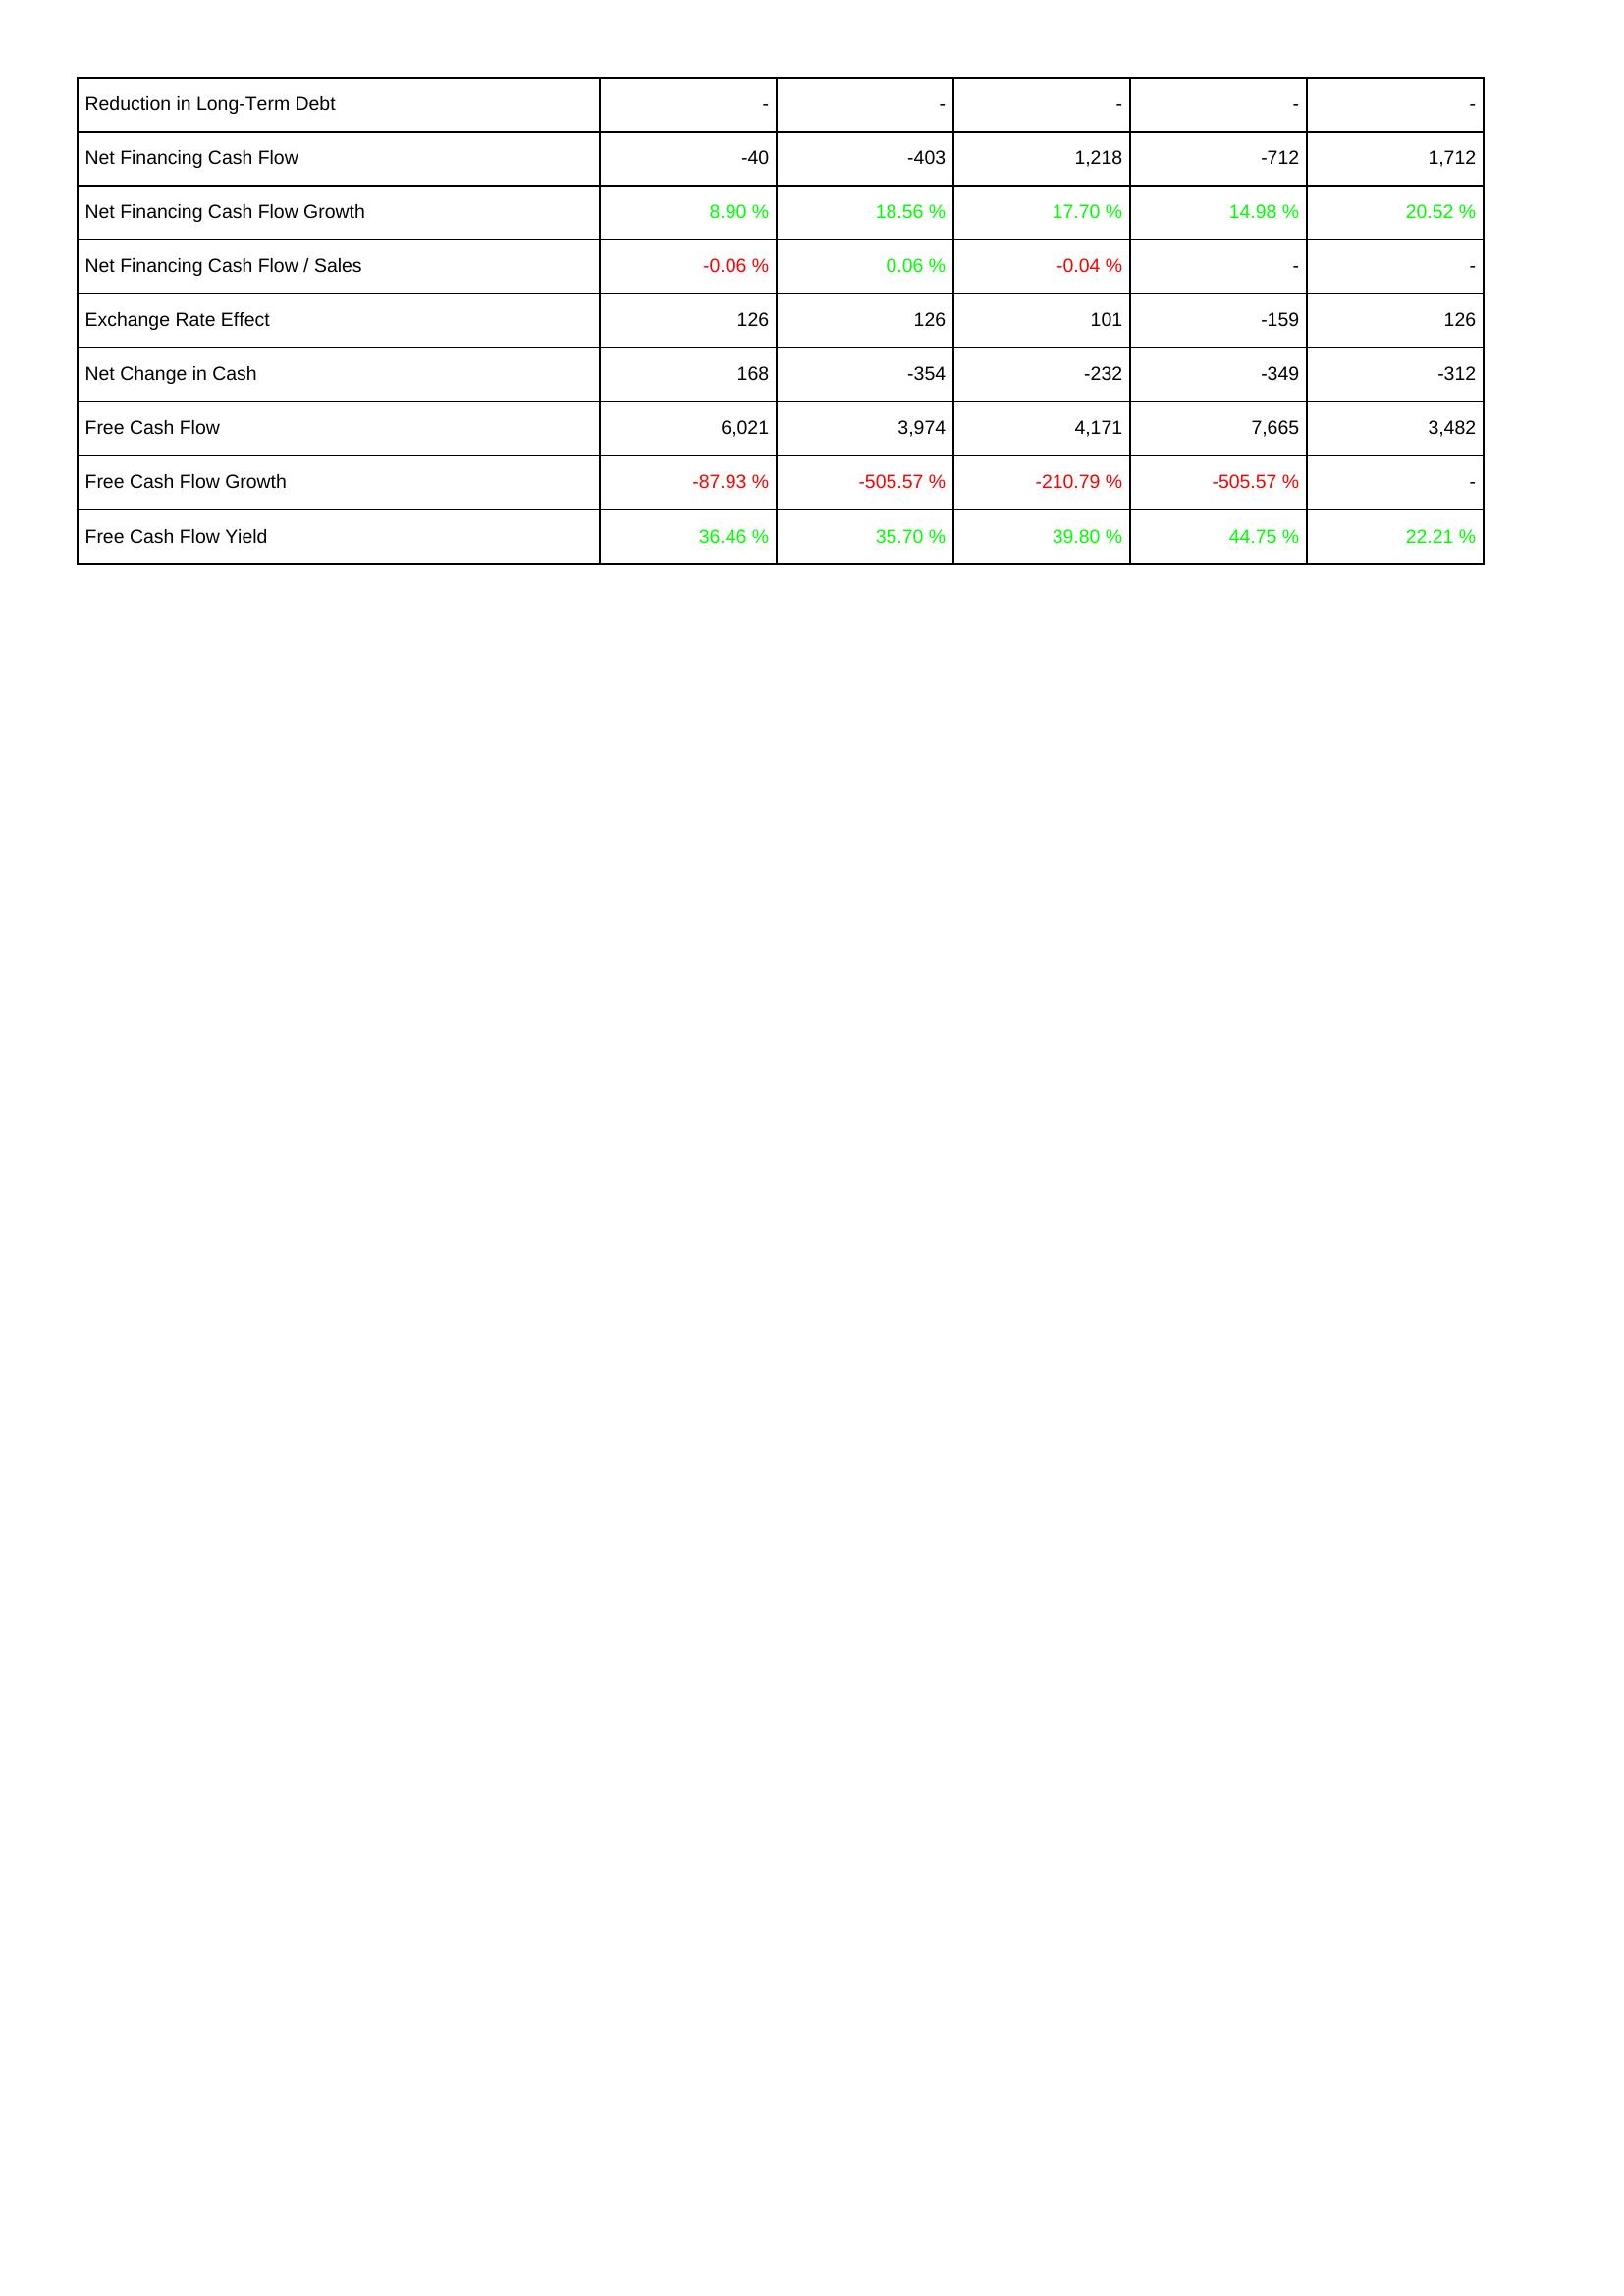
2025: Financing Activities: Reduction in Long-Term Debt: -
Net Financing Cash Flow: -40
Net Financing Cash Flow Growth: 8.90 %
Net Financing Cash Flow / Sales: -0.06 %
Exchange Rate Effect: 126
Net Change in Cash: 168
Free Cash Flow: 6,021
Free Cash Flow Growth: -87.93 %
Free Cash Flow Yield: 36.46 %
2024: Financing Activities: Reduction in Long-Term Debt: -
Net Financing Cash Flow: -403
Net Financing Cash Flow Growth: 18.56 %
Net Financing Cash Flow / Sales: 0.06 %
Exchange Rate Effect: 126
Net Change in Cash: -354
Free Cash Flow: 3,974
Free Cash Flow Growth: -505.57 %
Free Cash Flow Yield: 35.70 %
2023: Financing Activities: Reduction in Long-Term Debt: -
Net Financing Cash Flow: 1,218
Net Financing Cash Flow Growth: 17.70 %
Net Financing Cash Flow / Sales: -0.04 %
Exchange Rate Effect: 101
Net Change in Cash: -232
Free Cash Flow: 4,171
Free Cash Flow Growth: -210.79 %
Free Cash Flow Yield: 39.80 %
2022: Financing Activities: Reduction in Long-Term Debt: -
Net Financing Cash Flow: -712
Net Financing Cash Flow Growth: 14.98 %
Net Financing Cash Flow / Sales: -
Exchange Rate Effect: -159
Net Change in Cash: -349
Free Cash Flow: 7,665
Free Cash Flow Growth: -505.57 %
Free Cash Flow Yield: 44.75 %
2021: Financing Activities: Reduction in Long-Term Debt: -
Net Financing Cash Flow: 1,712
Net Financing Cash Flow Growth: 20.52 %
Net Financing Cash Flow / Sales: -
Exchange Rate Effect: 126
Net Change in Cash: -312
Free Cash Flow: 3,482
Free Cash Flow Growth: -
Free Cash Flow Yield: 22.21 %